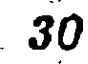
30